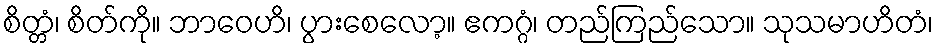
စိတ္တံ၊ စိတ်ကို။ ဘာဝေဟိ၊ ပွားစေလော့။ ဧကဂ္ဂံ၊ တည်ကြည်သော။ သုသမာဟိတံ၊